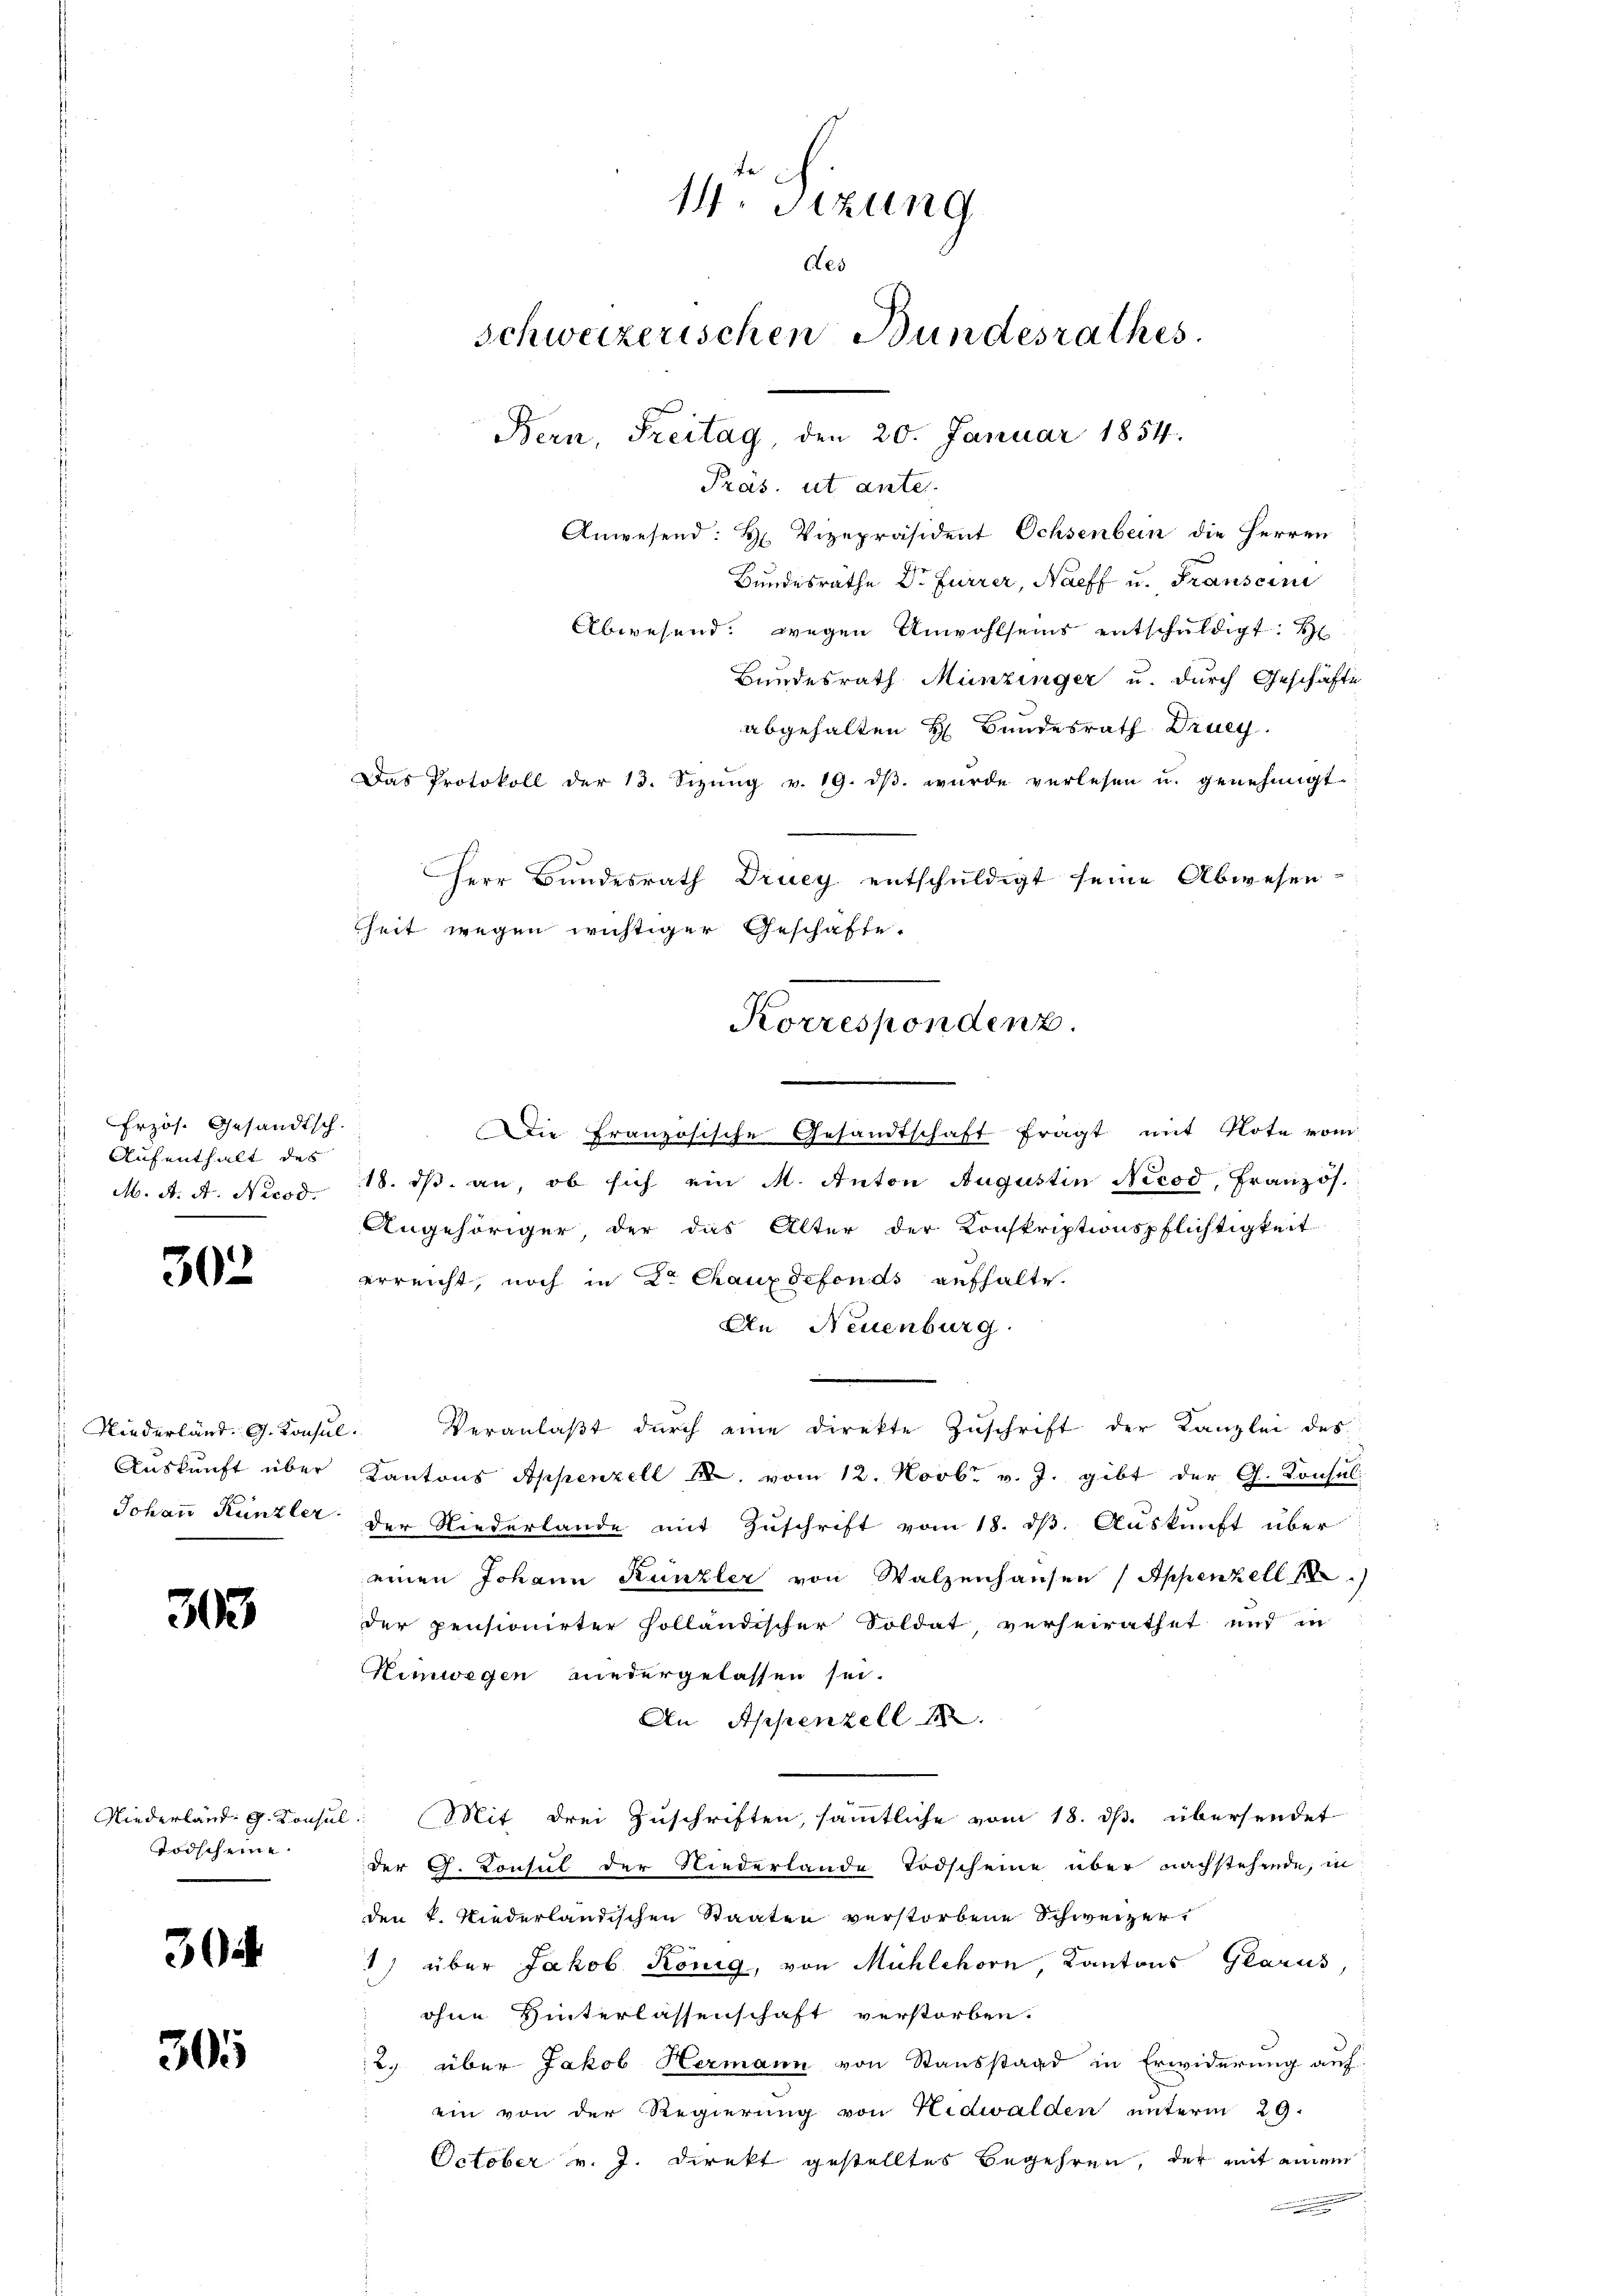
Erzös. Gesandtsch.
Aufenthalt des
M. A. A. Nicod.

302

Auskunft über
Johann Künzler

303

Niederländ. G. Konsul
Todscheine

30

305

14. Sizung
des
Schweizerischen Bundesrathes
Bern, Freitag, den 20. Januar 1854.
Präs. ut anter
Anwesend: H. Vizepräsident Ochsenbein die Herren
Bundesräthe Dr. Furrer, Naeff u. Franscini
Abwesend. wegen Anwohlseins entschuldigt. H
Bundesrath Münzinger u. durch Geschäfte

Das Protokoll der 13. Sizŭng v. 19. dβ. wurde verlesen u. genehmigt.
heit wegen wichtiger Geschäfte.
Korrespondenz.

.
Die Französische Gesandtschaft fragt mit Note vom
18. ds. an, ob sich ein M. Anton Augustin Nicod, Französ.
Angehöriger der das Alter der Konskriptionspflichtigkeit
erreicht, noch in Dr Chauxdefonds aufhalte.
An Neuenburg.
Niederländ. G. Konsul. Veranlaßt durch eine Direkte Zuschrift der Kanzlei des
Kantons Appenzell A. vom 12. Novbr. v. J. gibt der G. Konsul
der Niederlande mit Zuschrift vom 18. ds. Auskunft über
einen Johann Künzler von Walzenhausen (Appenzell 18
der pensionirter holländischer Soldat, verheirathet und in
Himwegen niedergelassen sei.
An Appenzell
2. Mit drei Zuschriften, sämmtliche vom 18. ds. übersendet
der G. Consul der Niederlande Todscheine über nachstehende, in
den k. Niederländischen Staaten verstorbene Schweizer¬
) über Jakob König, von Mühlehorn, Kantons Glarus,
ohne Hinterlassenschaft verstorben.
2. über Jakob Hermann von Stausstand in Erwiderung auf
ein von der Regierung von Nidwalden unterm 29.
October v. J. Direkt gestelltes Begehren, der mit einem
.

abgehalten H. Bundesrath Druey.
Herr Bundesrath Druey entschuldigt seine Abwesen-